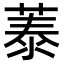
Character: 𦴼